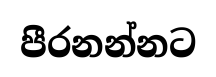
පීරනන්නට